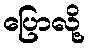
ပြောလို့